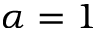
\alpha = 1